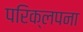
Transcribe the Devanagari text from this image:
परिक्लपना